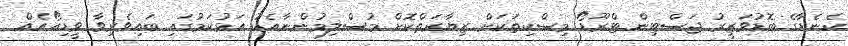
ކެނެޑާގެ ބޮޑުވަޒީރު ޖަސްޓިން ޓްރޫޑޯ މިސްކިތަކަށް ޒިޔާރަތްކޮށް މުސްލިމުންނާއެކު އަޅުކަމުގައި ބައިވެރިވާ ވީޑިއޯއެއް